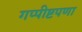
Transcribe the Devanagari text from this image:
गप्पीष्टपणा